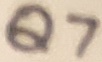
Text: Q7